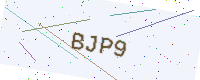
Text: BJP9